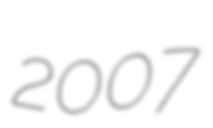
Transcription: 2007